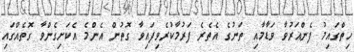
ހިތްގައިމު ފެންއަރުވާ ވަޑާމާއި ތަނުގެ އެތެރެ ފަރުމާކުރެވިފައިވާ ގޮތުން އެންމެ އެކަށިގެންވާ ގޮތެއްގައި